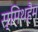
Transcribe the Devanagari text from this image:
स्मिथहैम